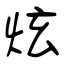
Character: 炫